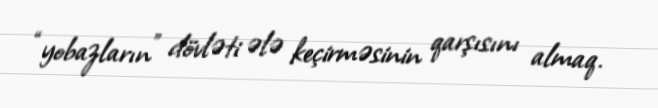
“yobazların” dövləti ələ keçirməsinin qarşısını almaq.